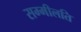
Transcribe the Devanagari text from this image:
सम्मीलति